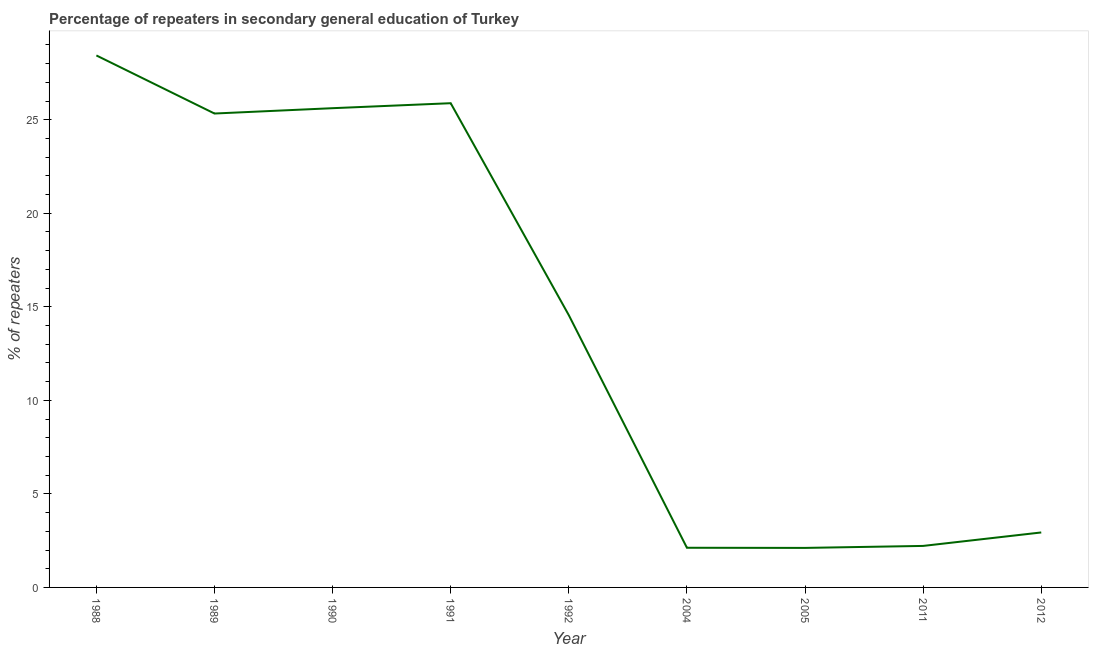
| Year | Percentage of repeaters |
 | --- | --- |
 | 1988 | 28.4 |
 | 1989 | 25.3 |
 | 1990 | 25.6 |
 | 1991 | 25.9 |
 | 1992 | 14.6 |
 | 2004 | 2.12 |
 | 2005 | 2.11 |
 | 2011 | 2.22 |
 | 2012 | 2.94 |